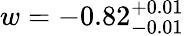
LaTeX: w=-0.82_{-0.01}^{+0.01}